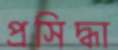
প্রসিদ্ধা